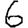
Digit: 6